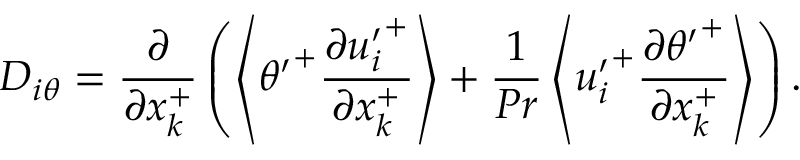
D _ { i \theta } = \frac { \partial } { \partial x _ { k } ^ { + } } \left( \left< { \theta ^ { \prime } } ^ { + } \frac { \partial { u _ { i } ^ { \prime } } ^ { + } } { \partial x _ { k } ^ { + } } \right> + \frac { 1 } { P r } \left< { u _ { i } ^ { \prime } } ^ { + } \frac { \partial { \theta ^ { \prime } } ^ { + } } { \partial x _ { k } ^ { + } } \right> \right) .